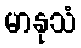
မာနုသံ